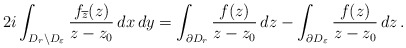
\begin{align*} 2i\int_{D_r\setminus D_\varepsilon}\frac{f_{\overline{z}}(z)}{z-z_0}\, dx\, dy = \int_{\partial D_r} \frac{f(z)}{z-z_0}\, dz - \int_{\partial D_\varepsilon} \frac{f(z)}{z-z_0}\, dz\, .\end{align*}